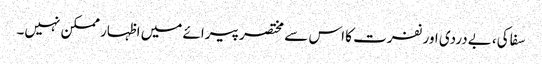
سفاکی، بےدردی اور نفرت کا اس سے مختصر پیرائے میں اظہار ممکن نہیں۔